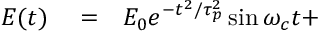
\begin{array} { r l r } { E ( t ) } & { { } = } & { E _ { 0 } e ^ { - t ^ { 2 } / \tau _ { p } ^ { 2 } } \sin \omega _ { c } t + } \end{array}